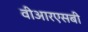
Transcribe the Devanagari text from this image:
वीआरएसबी